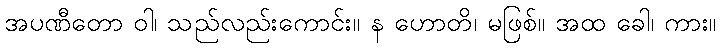
အပဏီတော ဝါ၊ သည်လည်းကောင်း။ န ဟောတိ၊ မဖြစ်။ အထ ခေါ၊ ကား။